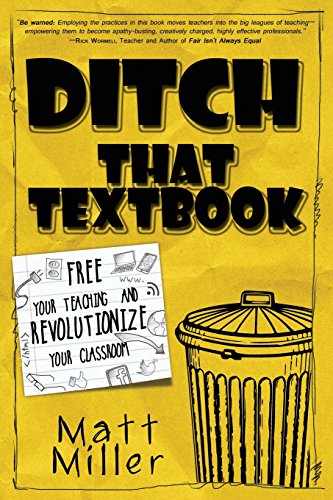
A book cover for Ditch That Textbook: Free Your Teaching and Revolutionize Your Classroom; Matt Miller; Education & Teaching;